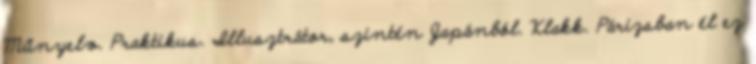
Műnyelv. Praktikus. Illusztrátor, szintén Japánból. Klakk. Párizsban él ez